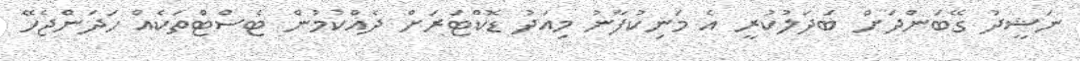
ނަޝީދު ގޭބަންދަށް ބަދަލުކުރީ އެ މަނިކުފާނު މިއަދު ޑޮކްޓަރަށް ދެއްކުމުން ޓެސްޓްތަކެއް ހަދަންޖެހޭ